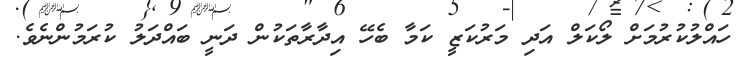
ހައްލުކުރުމަށް ލޯކަލް އަދި މަރުކަޒީ ކަމާ ބެހޭ އިދާރާތަކުން ދަނީ ބައްދަލު ކުރަމުންނެވެ.